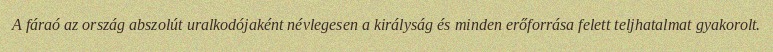
A fáraó az ország abszolút uralkodójaként névlegesen a királyság és minden erőforrása felett teljhatalmat gyakorolt.